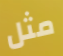
مثل